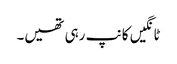
ٹانگیں کانپ رہی تھیں۔